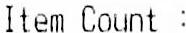
ITEM COUNT :